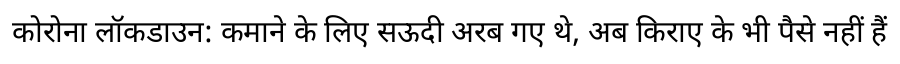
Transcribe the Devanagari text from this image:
कोरोना लॉकडाउन: कमाने के लिए सऊदी अरब गए थे, अब किराए के भी पैसे नहीं हैं